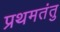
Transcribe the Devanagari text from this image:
प्रथमतंतु